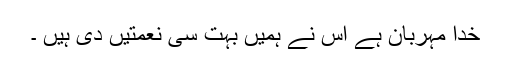
خدا مہربان ہے اس نے ہمیں بہت سی نعمتیں دی ہیں ۔